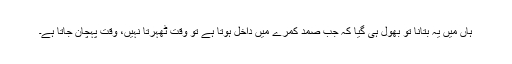
ہاں میں یہ بتانا تو بھول ہی گیا کہ جب صمد کمرے میں داخل ہوتا ہے تو وقت ٹھہرتا نہیں، وقت پہچان جاتا ہے۔